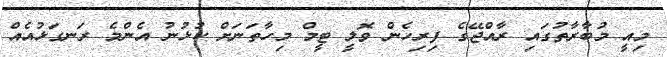
މިއީ މުބާރާތުގައި ރާއްޖޭގެ ފިރިހެން ވޮލީ ޓީމް މިހާތަނަށް ކުޅުނު އެންމެ ރަނގަޅުއެއް